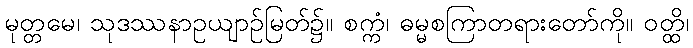
မုတ္တမေ၊ သုဒဿနာဥယျာဉ်မြတ်၌။ စက္ကံ၊ ဓမ္မစကြာတရားတော်ကို။ ဝတ္ထိ၊